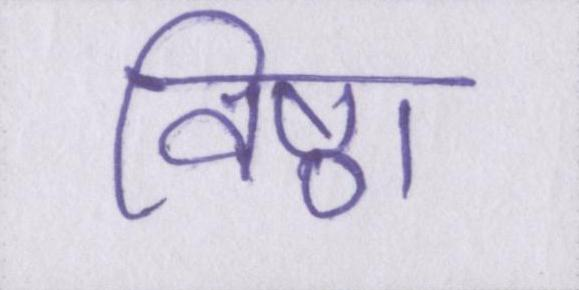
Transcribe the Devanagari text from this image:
विष्ठा